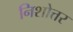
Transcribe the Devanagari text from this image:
निशोत्तर